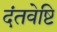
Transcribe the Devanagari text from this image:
दंतवेष्टि